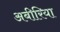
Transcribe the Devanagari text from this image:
अबीरिया